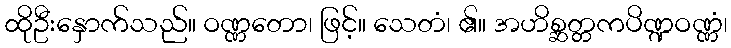
ထိုဦးနှောက်သည်။ ဝဏ္ဏတော၊ ဖြင့်။ သေတံ၊ ၏။ အဟိစ္ဆတ္တကပိဏ္ဍဝဏ္ဏံ၊